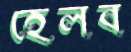
হেলব